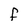
Character: F